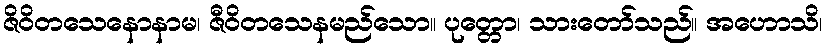
ဇိဝိတသေနောနာမ၊ ဇီဝိတသေနမည်သော။ ပုတ္တော၊ သားတော်သည်။ အဟောသိ၊